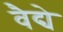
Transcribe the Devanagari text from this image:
वैद्ये